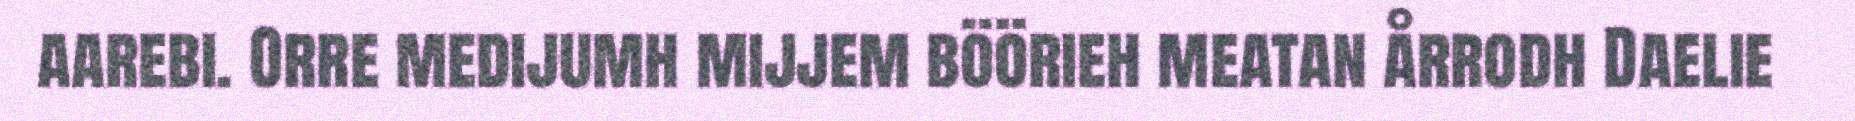
aarebi. Orre medijumh mijjem böörieh meatan årrodh Daelie